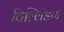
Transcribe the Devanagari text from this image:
विल्लिंडण